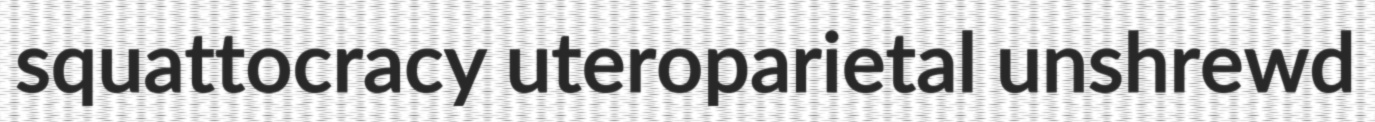
squattocracy uteroparietal unshrewd